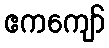
ဧကကျော်